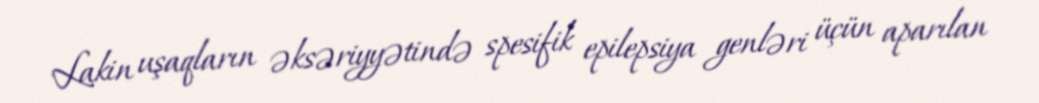
Lakin uşaqların əksəriyyətində spesifik epilepsiya genləri üçün aparılan